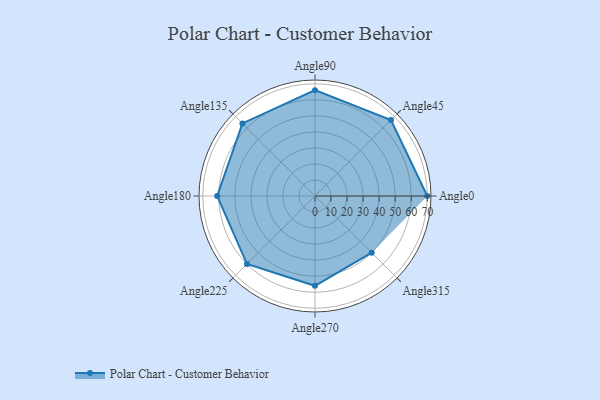
{"axis": {"x": "Angle", "y": "Radius"}, "legend": [""], "data": [{"x": "Angle0", "y": 70.0, "type": ""}, {"x": "Angle45", "y": 67.0, "type": ""}, {"x": "Angle90", "y": 66.0, "type": ""}, {"x": "Angle135", "y": 64.0, "type": ""}, {"x": "Angle180", "y": 61.0, "type": ""}, {"x": "Angle225", "y": 60.0, "type": ""}, {"x": "Angle270", "y": 56.0, "type": ""}, {"x": "Angle315", "y": 50, "type": ""}]}